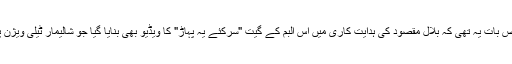
اس البم کی خاص بات یہ تھی کہ بلال مقصود کی ہدایت کاری میں اس البم کے گیت "سرکئے یہ پہاڑ" کا ویڈیو بھی بنایا گیا جو شالیمار ٹیلی ویژن پر نشر کیا گیا۔